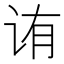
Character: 𬣩